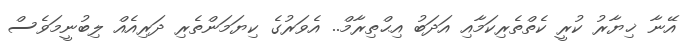
އޭނާ ޚިޔާރު ކުރީ ކެތްތެރިކަމާއި އަދަބު އިޙްތިރާމް.. އެވަރުގެ ކިޔަމަންތެރި ދަރިއެއް ލިބުނީމަވެސް